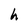
Character: h